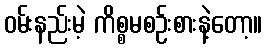
ဝမ်းနည်းမဲ့ ကိစ္စမစဉ်းစားနဲ့တော့။